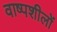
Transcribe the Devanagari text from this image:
वाष्पशीलों